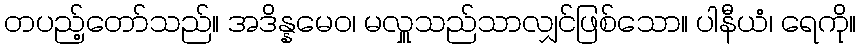
တပည့်တော်သည်။ အဒိန္နမေဝ၊ မလှူသည်သာလျှင်ဖြစ်သော။ ပါနီယံ၊ ရေကို။